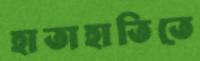
হাতাহাতিতে